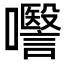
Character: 𭌱